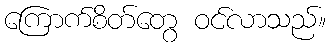
ကြောက်စိတ်တွေ ဝင်လာသည်။